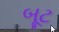
બૂટ